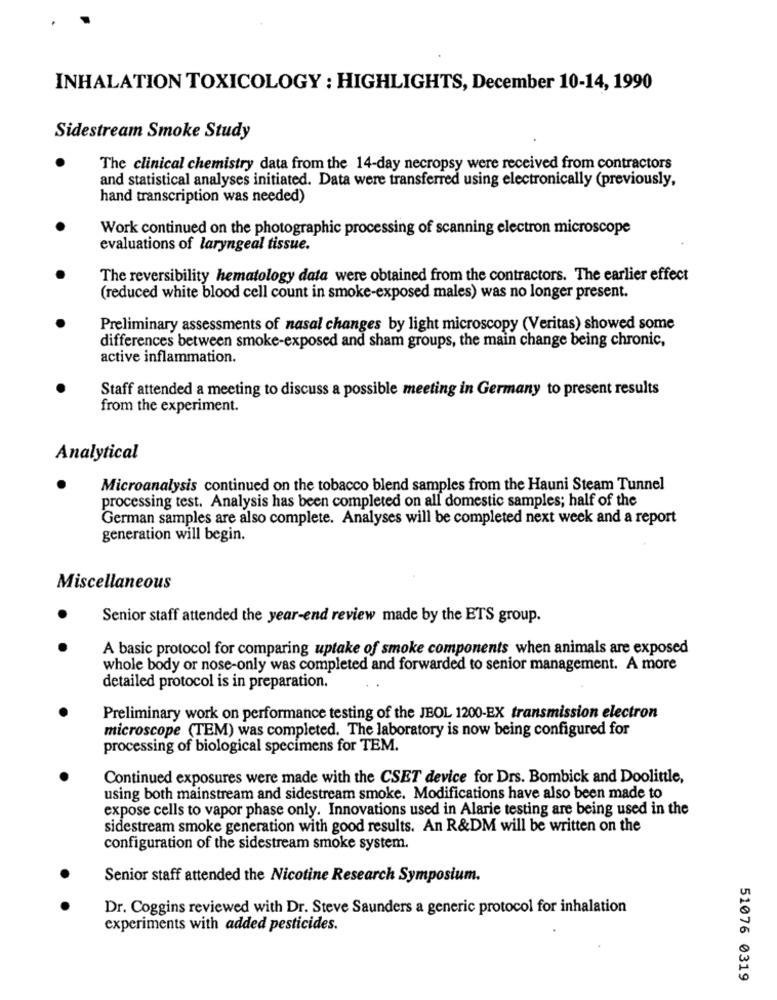
INHALATION TOXICOLOGY : HIGHLIGHTS, December 10-14, 1990
Sidestream Smoke Study
The clinical chemistry data from the 14-day necropsy were received from contractors
and statistical analyses initiated. Data were transferred using electronically (previously,
hand transcription was needed)
Work continued on the photographic processing of scanning electron microscope
evaluations of laryngeal tissue.
The reversibility hematology data were obtained from the contractors. The earlier effect
(reduced white blood cell count in smoke-exposed males) was no longer present.
Preliminary assessments of nasal changes by light microscopy (Veritas) showed some
differences between smoke-exposed and sham groups, the main change being chronic,
active inflammation.
Staff attended a meeting to discuss a possible meeting in Germany to present results
from the experiment.
Analytical
Microanalysis continued on the tobacco blend samples from the Hauni Steam Tunnel
processing test. Analysis has been completed on all domestic samples; half of the
German samples are also complete. Analyses will be completed next week and a report
generation will begin.
Miscellaneous
Senior staff attended the year-end review made by the ETS group.
A basic protocol for comparing uptake of smoke components when animals are exposed
whole body or nose-only was completed and forwarded to senior management. A more
detailed protocol is in preparation.
Preliminary work on performance testing of the JBOL 1200-EX transmission electron
microscope (TEM) was completed. The laboratory is now being configured for
processing of biological specimens for TEM.
Continued exposures were made with the CSET device for Drs. Bombick and Doolittle,
using both mainstream and sidestream smoke. Modifications have also been made to
expose cells to vapor phase only. Innovations used in Alarie testing are being used in the
sidestream smoke generation with good results. An R&DM will be written on the
configuration of the sidestream smoke system.
Senior staff attended the Nicotine Research Symposium.
Dr. Coggins reviewed with Dr. Steve Saunders a generic protocol for inhalation
experiments with added pesticides.
51076 0319